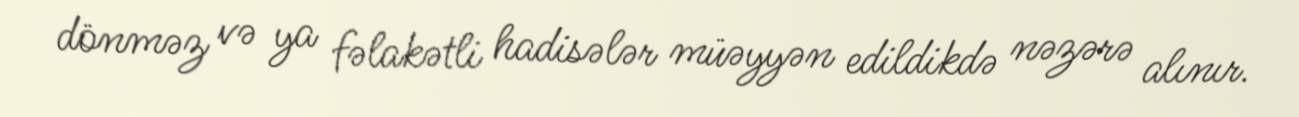
dönməz və ya fəlakətli hadisələr müəyyən edildikdə nəzərə alınır.